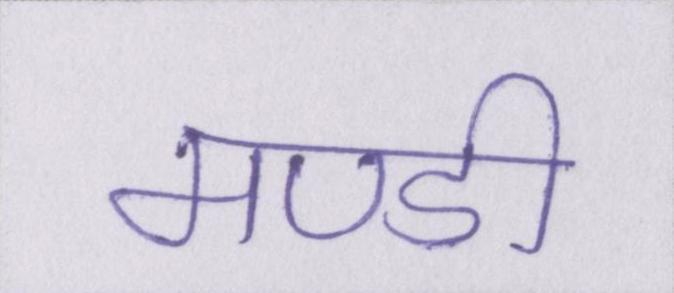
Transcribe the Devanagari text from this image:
मण्डी